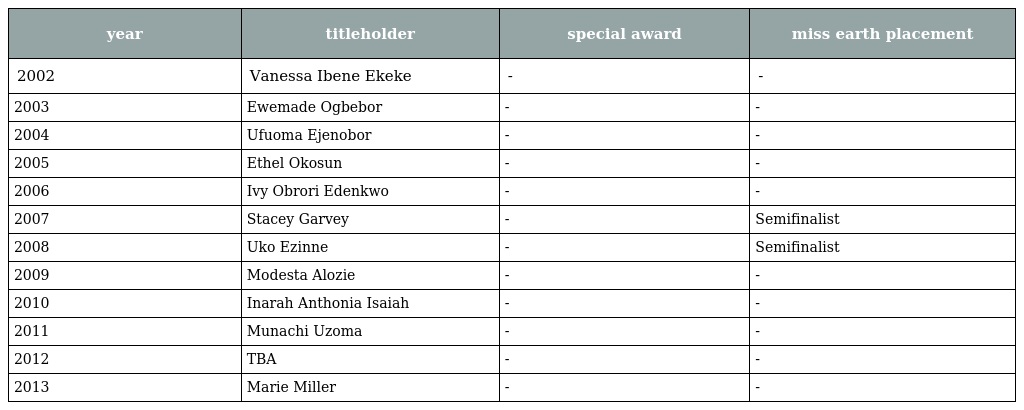
| year | titleholder | special award | miss earth placement |
 | --- | --- | --- | --- |
 | 2002 | Vanessa Ibene Ekeke | - | - |
 | 2003 | Ewemade Ogbebor | - | - |
 | 2004 | Ufuoma Ejenobor | - | - |
 | 2005 | Ethel Okosun | - | - |
 | 2006 | Ivy Obrori Edenkwo | - | - |
 | 2007 | Stacey Garvey | - | Semifinalist |
 | 2008 | Uko Ezinne | - | Semifinalist |
 | 2009 | Modesta Alozie | - | - |
 | 2010 | Inarah Anthonia Isaiah | - | - |
 | 2011 | Munachi Uzoma | - | - |
 | 2012 | TBA | - | - |
 | 2013 | Marie Miller | - | - |